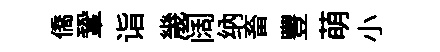
僑鞏诣㡬阔纳畜豐萌小